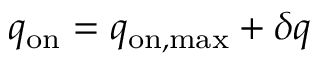
q _ { \mathrm { o n } } = q _ { \mathrm { o n , m a x } } + \delta q